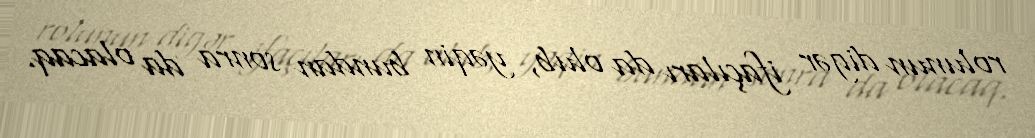
rolunun digər ifaçıları da olub, yəqin bundan sonra da olacaq.